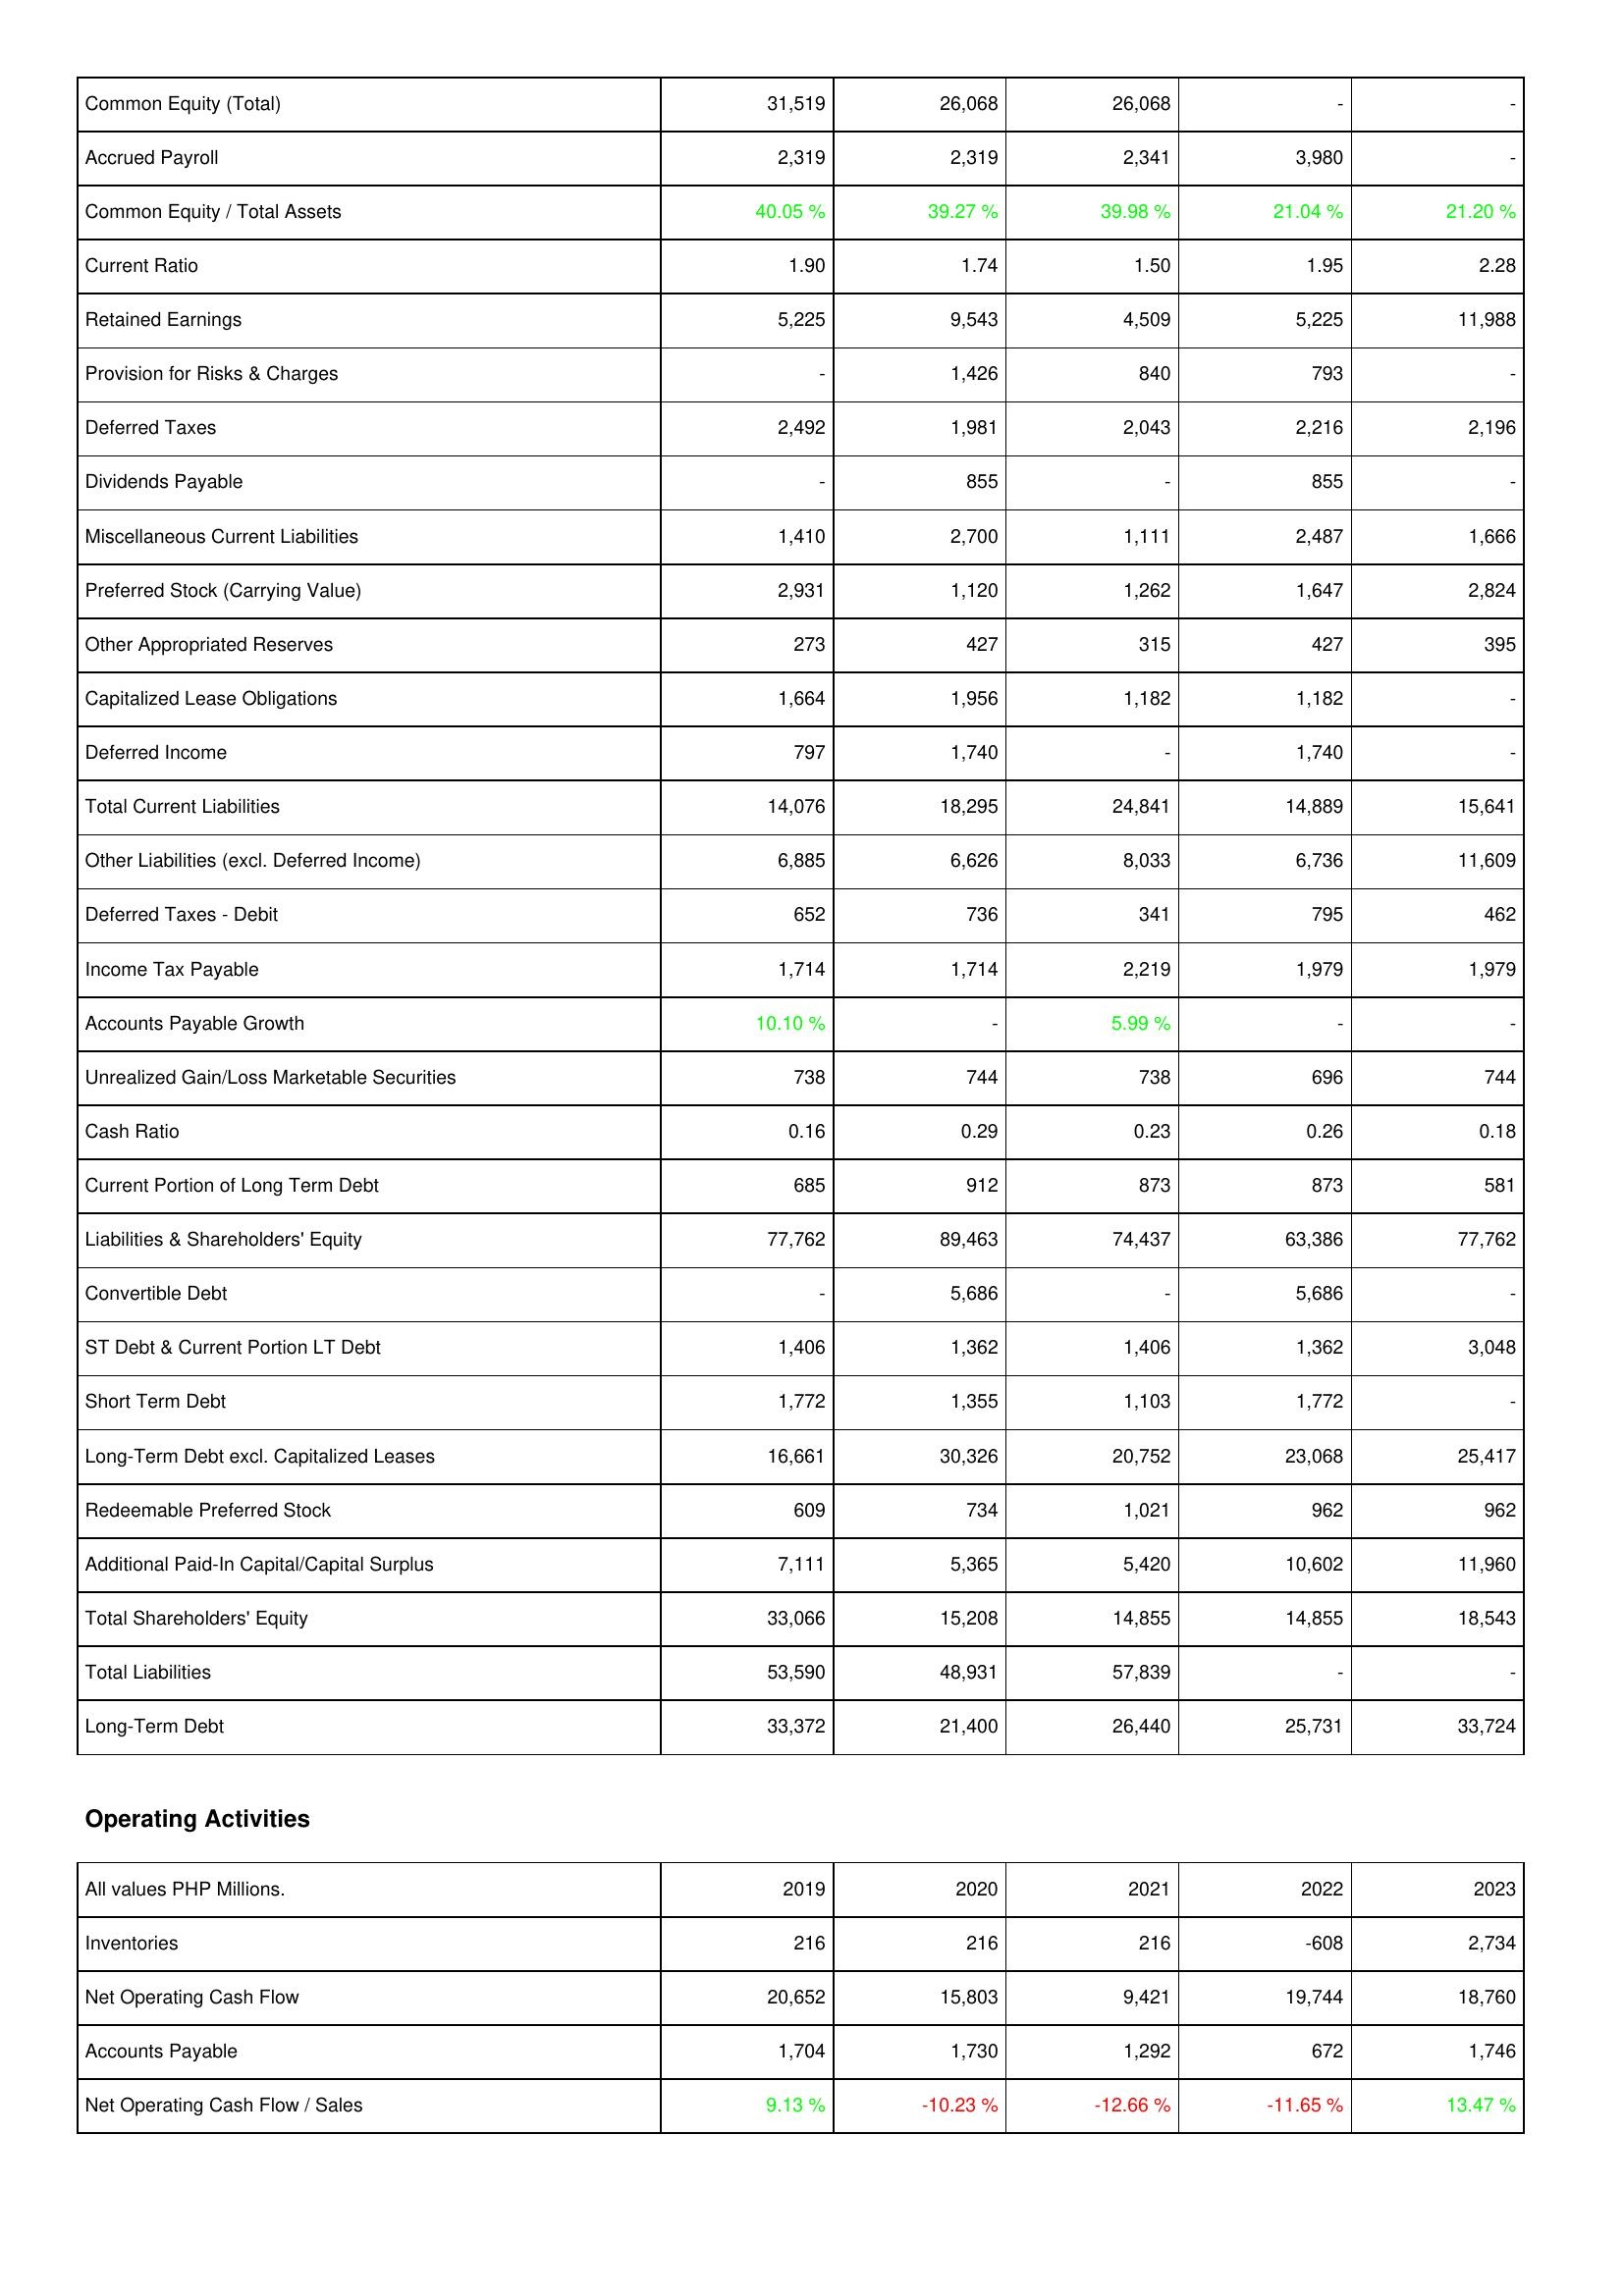
2019: Liabilities & Shareholders' Equity: Common Equity (Total): 31,519
Accrued Payroll: 2,319
Common Equity / Total Assets: 40.05 %
Current Ratio: 1.90
Retained Earnings: 5,225
Provision for Risks & Charges: -
Deferred Taxes: 2,492
Dividends Payable: -
Miscellaneous Current Liabilities: 1,410
Preferred Stock (Carrying Value): 2,931
Other Appropriated Reserves: 273
Capitalized Lease Obligations: 1,664
Deferred Income: 797
Total Current Liabilities: 14,076
Other Liabilities (excl. Deferred Income): 6,885
Deferred Taxes - Debit: 652
Income Tax Payable: 1,714
Accounts Payable Growth: 10.10 %
Unrealized Gain/Loss Marketable Securities: 738
Cash Ratio: 0.16
Current Portion of Long Term Debt: 685
Liabilities & Shareholders' Equity: 77,762
Convertible Debt: -
ST Debt & Current Portion LT Debt: 1,406
Short Term Debt: 1,772
Long-Term Debt excl. Capitalized Leases: 16,661
Redeemable Preferred Stock: 609
Additional Paid-In Capital/Capital Surplus: 7,111
Total Shareholders' Equity: 33,066
Total Liabilities: 53,590
Long-Term Debt: 33,372
Operating Activities: Inventories: 216
Net Operating Cash Flow: 20,652
Accounts Payable: 1,704
Net Operating Cash Flow / Sales: 9.13 %
2020: Liabilities & Shareholders' Equity: Common Equity (Total): 26,068
Accrued Payroll: 2,319
Common Equity / Total Assets: 39.27 %
Current Ratio: 1.74
Retained Earnings: 9,543
Provision for Risks & Charges: 1,426
Deferred Taxes: 1,981
Dividends Payable: 855
Miscellaneous Current Liabilities: 2,700
Preferred Stock (Carrying Value): 1,120
Other Appropriated Reserves: 427
Capitalized Lease Obligations: 1,956
Deferred Income: 1,740
Total Current Liabilities: 18,295
Other Liabilities (excl. Deferred Income): 6,626
Deferred Taxes - Debit: 736
Income Tax Payable: 1,714
Accounts Payable Growth: -
Unrealized Gain/Loss Marketable Securities: 744
Cash Ratio: 0.29
Current Portion of Long Term Debt: 912
Liabilities & Shareholders' Equity: 89,463
Convertible Debt: 5,686
ST Debt & Current Portion LT Debt: 1,362
Short Term Debt: 1,355
Long-Term Debt excl. Capitalized Leases: 30,326
Redeemable Preferred Stock: 734
Additional Paid-In Capital/Capital Surplus: 5,365
Total Shareholders' Equity: 15,208
Total Liabilities: 48,931
Long-Term Debt: 21,400
Operating Activities: Inventories: 216
Net Operating Cash Flow: 15,803
Accounts Payable: 1,730
Net Operating Cash Flow / Sales: -10.23 %
2021: Liabilities & Shareholders' Equity: Common Equity (Total): 26,068
Accrued Payroll: 2,341
Common Equity / Total Assets: 39.98 %
Current Ratio: 1.50
Retained Earnings: 4,509
Provision for Risks & Charges: 840
Deferred Taxes: 2,043
Dividends Payable: -
Miscellaneous Current Liabilities: 1,111
Preferred Stock (Carrying Value): 1,262
Other Appropriated Reserves: 315
Capitalized Lease Obligations: 1,182
Deferred Income: -
Total Current Liabilities: 24,841
Other Liabilities (excl. Deferred Income): 8,033
Deferred Taxes - Debit: 341
Income Tax Payable: 2,219
Accounts Payable Growth: 5.99 %
Unrealized Gain/Loss Marketable Securities: 738
Cash Ratio: 0.23
Current Portion of Long Term Debt: 873
Liabilities & Shareholders' Equity: 74,437
Convertible Debt: -
ST Debt & Current Portion LT Debt: 1,406
Short Term Debt: 1,103
Long-Term Debt excl. Capitalized Leases: 20,752
Redeemable Preferred Stock: 1,021
Additional Paid-In Capital/Capital Surplus: 5,420
Total Shareholders' Equity: 14,855
Total Liabilities: 57,839
Long-Term Debt: 26,440
Operating Activities: Inventories: 216
Net Operating Cash Flow: 9,421
Accounts Payable: 1,292
Net Operating Cash Flow / Sales: -12.66 %
2022: Liabilities & Shareholders' Equity: Common Equity (Total): -
Accrued Payroll: 3,980
Common Equity / Total Assets: 21.04 %
Current Ratio: 1.95
Retained Earnings: 5,225
Provision for Risks & Charges: 793
Deferred Taxes: 2,216
Dividends Payable: 855
Miscellaneous Current Liabilities: 2,487
Preferred Stock (Carrying Value): 1,647
Other Appropriated Reserves: 427
Capitalized Lease Obligations: 1,182
Deferred Income: 1,740
Total Current Liabilities: 14,889
Other Liabilities (excl. Deferred Income): 6,736
Deferred Taxes - Debit: 795
Income Tax Payable: 1,979
Accounts Payable Growth: -
Unrealized Gain/Loss Marketable Securities: 696
Cash Ratio: 0.26
Current Portion of Long Term Debt: 873
Liabilities & Shareholders' Equity: 63,386
Convertible Debt: 5,686
ST Debt & Current Portion LT Debt: 1,362
Short Term Debt: 1,772
Long-Term Debt excl. Capitalized Leases: 23,068
Redeemable Preferred Stock: 962
Additional Paid-In Capital/Capital Surplus: 10,602
Total Shareholders' Equity: 14,855
Total Liabilities: -
Long-Term Debt: 25,731
Operating Activities: Inventories: -608
Net Operating Cash Flow: 19,744
Accounts Payable: 672
Net Operating Cash Flow / Sales: -11.65 %
2023: Liabilities & Shareholders' Equity: Common Equity (Total): -
Accrued Payroll: -
Common Equity / Total Assets: 21.20 %
Current Ratio: 2.28
Retained Earnings: 11,988
Provision for Risks & Charges: -
Deferred Taxes: 2,196
Dividends Payable: -
Miscellaneous Current Liabilities: 1,666
Preferred Stock (Carrying Value): 2,824
Other Appropriated Reserves: 395
Capitalized Lease Obligations: -
Deferred Income: -
Total Current Liabilities: 15,641
Other Liabilities (excl. Deferred Income): 11,609
Deferred Taxes - Debit: 462
Income Tax Payable: 1,979
Accounts Payable Growth: -
Unrealized Gain/Loss Marketable Securities: 744
Cash Ratio: 0.18
Current Portion of Long Term Debt: 581
Liabilities & Shareholders' Equity: 77,762
Convertible Debt: -
ST Debt & Current Portion LT Debt: 3,048
Short Term Debt: -
Long-Term Debt excl. Capitalized Leases: 25,417
Redeemable Preferred Stock: 962
Additional Paid-In Capital/Capital Surplus: 11,960
Total Shareholders' Equity: 18,543
Total Liabilities: -
Long-Term Debt: 33,724
Operating Activities: Inventories: 2,734
Net Operating Cash Flow: 18,760
Accounts Payable: 1,746
Net Operating Cash Flow / Sales: 13.47 %